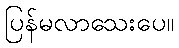
ပြန်မလာသေးပေ။